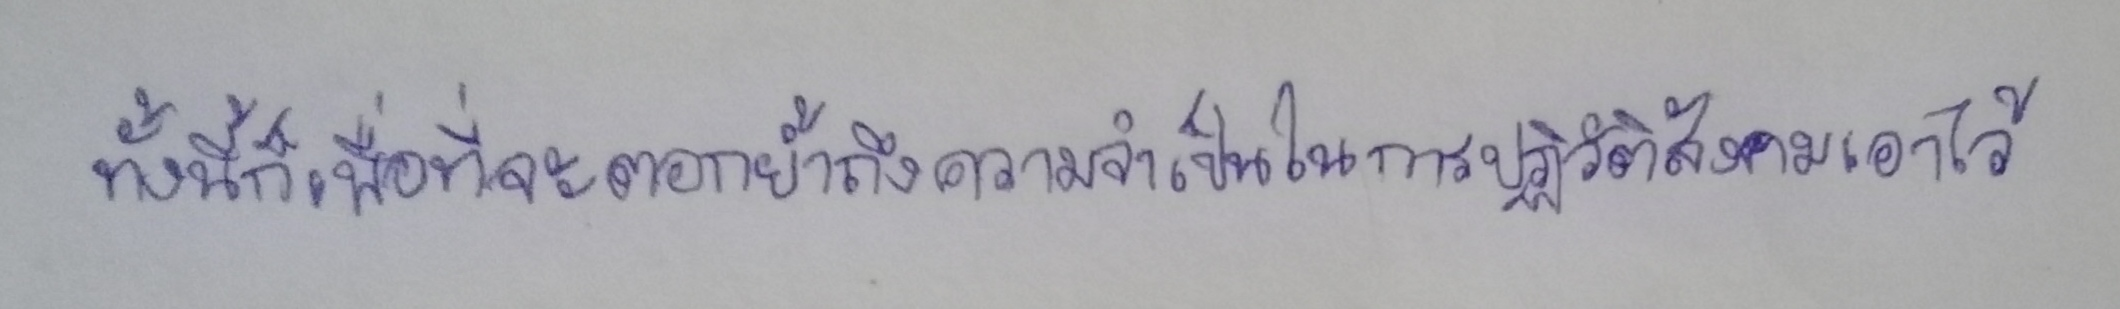
ทั้งนี้ก็เพื่อที่จะตอกย้ำถึงความจำเป็นในการปฏิวัติสังคมเอาไว้